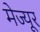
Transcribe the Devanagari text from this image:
मेज्यूर